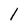
Character: 1